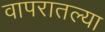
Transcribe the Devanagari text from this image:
वापरातल्या